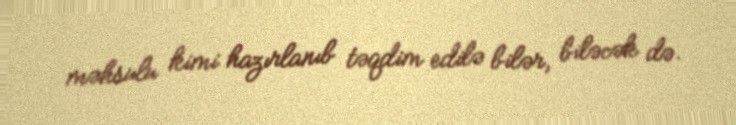
məhsulu kimi hazırlanıb təqdim edilə bilər, biləcək də.